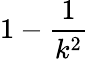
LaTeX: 1-{\frac{1}{k^{2}}}